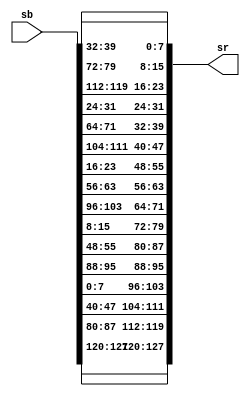
`timescale 1ns / 1ps

module enshiftrow(
    input [127:0] sb,
    output [127:0] sr
);



assign         sr[127:120] = sb[127:120];  
assign         sr[119:112] = sb[87:80];
assign         sr[111:104] = sb[47:40];
assign         sr[103:96] = sb[7:0];
   
assign          sr[95:88] = sb[95:88];
assign          sr[87:80] = sb[55:48];
assign          sr[79:72] = sb[15:8];
assign          sr[71:64] = sb[103:96];
   
assign          sr[63:56] = sb[63:56];
assign          sr[55:48] = sb[23:16];
assign          sr[47:40] = sb[111:104];
assign          sr[39:32] = sb[71:64];
   
assign          sr[31:24] = sb[31:24];
assign          sr[23:16] = sb[119:112];
assign          sr[15:8] = sb[79:72];
assign          sr[7:0] = sb[39:32]; 


endmodule